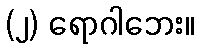
(၂) ရောဂါဘေး။